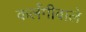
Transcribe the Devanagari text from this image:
कलँगीवाले